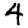
Digit: 4